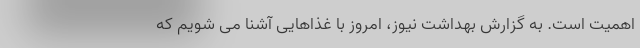
اهمیت است. به گزارش بهداشت نیوز، امروز با غذاهایی آشنا می شویم که